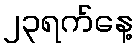
၂၃ရက်နေ့